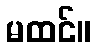
မထင်။